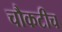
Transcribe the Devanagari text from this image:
चौकटीच